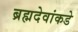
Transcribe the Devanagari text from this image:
ब्रह्मदेवांकडे